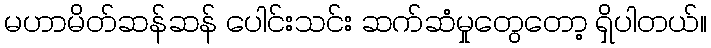
မဟာမိတ်ဆန်ဆန် ပေါင်းသင်း ဆက်ဆံမှုတွေတော့ ရှိပါတယ်။